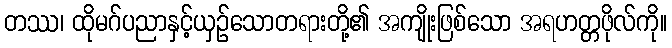
တဿ၊ ထိုမဂ်ပညာနှင့်ယှဉ်သောတရားတို့၏ အကျိုးဖြစ်သော အရဟတ္တဖိုလ်ကို။